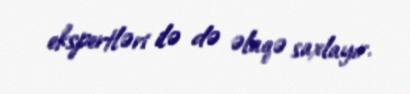
ekspertləri ilə də əlaqə saxlayır.